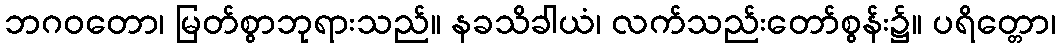
ဘဂဝတော၊ မြတ်စွာဘုရားသည်။ နခသိခါယံ၊ လက်သည်းတော်စွန်း၌။ ပရိတ္တော၊